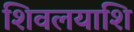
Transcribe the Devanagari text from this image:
शिवलयाशि